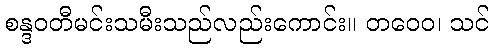
စန္ဒဝတီမင်းသမီးသည်လည်းကောင်း။ တဝေဝ၊ သင်